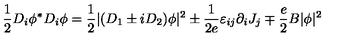
\frac 1 2 D _ { i } \phi ^ { * } D _ { i } \phi = \frac 1 2 | ( D _ { 1 } \pm i D _ { 2 } ) \phi | ^ { 2 } \pm \frac 1 { 2 e } \varepsilon _ { i j } \partial _ { i } J _ { j } \mp \frac e 2 B | \phi | ^ { 2 }